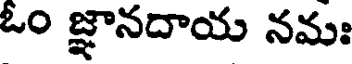
ఓం జ్ఞానదాయ నమః